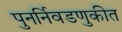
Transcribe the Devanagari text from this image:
पुनर्निवडणुकीत